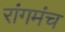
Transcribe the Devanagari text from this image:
रांगमंच